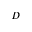
D